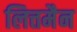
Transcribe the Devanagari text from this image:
लित्तमैन